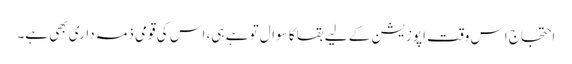
احتجاج اِس وقت اپوزیشن کے لیے بقا کا سوال تو ہے ہی، اس کی قومی ذمہ داری بھی ہے۔